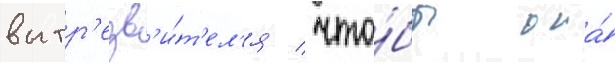
вытр'езв'и́т'ел'я / что́бы она́